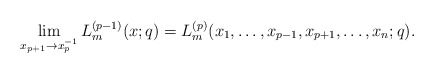
\begin{align*}\lim_{x_{p+1}\to x_p^{-1}} L^{(p-1)}_m(x;q)=L^{(p)}_m(x_1,\dots,x_{p-1},x_{p+1},\dots,x_n;q).\end{align*}